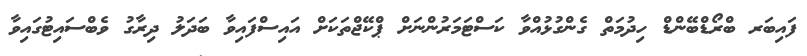
ފައިބަރ ބްރޯޑްބޭންޑް ހިދުމަތް ގެންގުޅުއްވާ ކަސްޓަމަރުންނަށް ޕްކޭޖްތަކަށް އައިސްފައިވާ ބަދަލު ދިރާގު ވެބްސައިޓުގައިވާ